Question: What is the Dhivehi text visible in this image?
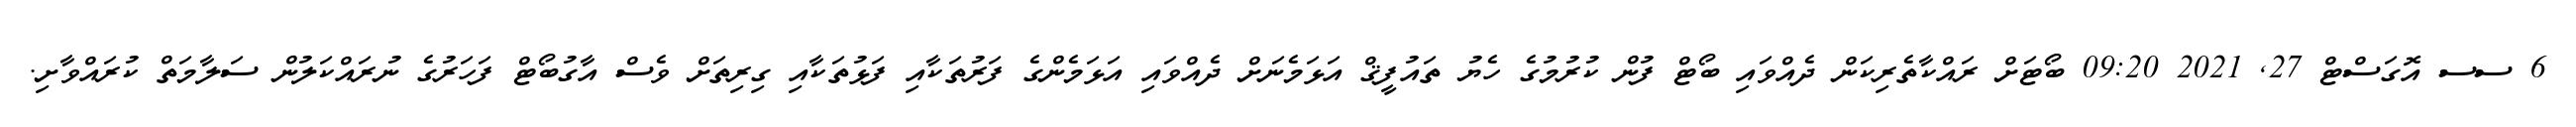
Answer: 6 ސސ އޮގަސްޓް 27, 2021 09:20 ބޯޓަށް ރައްކާތެރިކަން ދެއްވައި ބޯޓް ފުން ކުރުމުގެ ހެޔު ތައުފީޤް އަޅަމެނަށް ދެއްވައި އަޅަމެންގެ ފަރުތަކާއި ފަޅުތަކާއި ގިރިތަށް ވެސް އާގުބޯޓް ފަހަރުގެ ނުރައްކަލުން ސަލާމަތް ކުރައްވާށި.